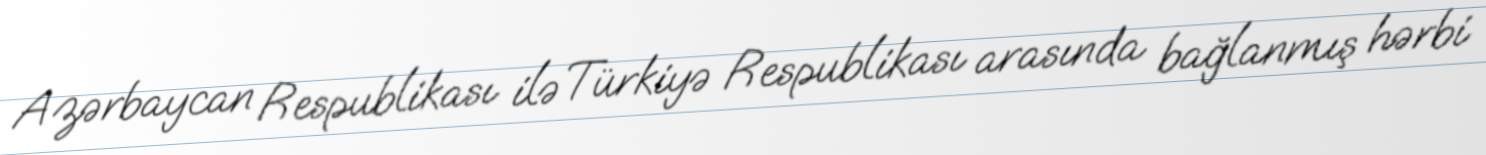
Azərbaycan Respublikası ilə Türkiyə Respublikası arasında bağlanmış hərbi